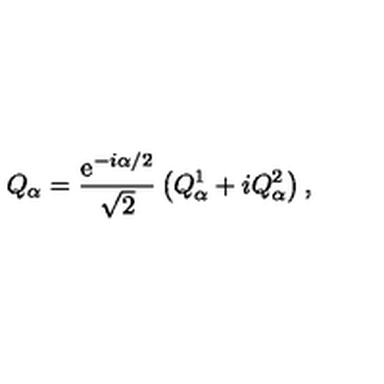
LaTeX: Q _ { \alpha } = \frac { \mathrm { e } ^ { - i \alpha / 2 } } { \sqrt { 2 } } \left( Q _ { \alpha } ^ { 1 } + i Q _ { \alpha } ^ { 2 } \right) ,